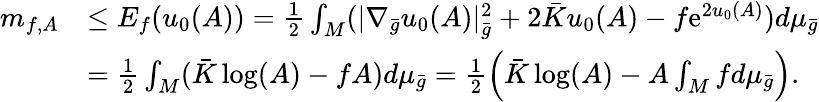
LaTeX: \begin{array}{rl}{m_{f,A}}&{\le E_{f}(u_{0}(A))=\frac 12\int_{M}(|\nabla_{\bar{g}}u_{0}(A)|_{\bar{g}}^{2}+2\bar{K}u_{0}(A)-f\mathrm{e}^{2u_{0}(A)})d\mu_{\bar{g}}}\\ &{=\frac 12\int_{M}(\bar{K}\log(A)-fA)d\mu_{\bar{g}}=\frac{1}{2}\left(\bar{K}\log(A)-A\int_{M}fd\mu_{\bar{g}}\right).}\end{array}